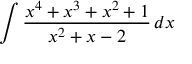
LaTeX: \int { \frac { x ^ { 4 } + x ^ { 3 } + x ^ { 2 } + 1 } { x ^ { 2 } + x - 2 } } \, d x